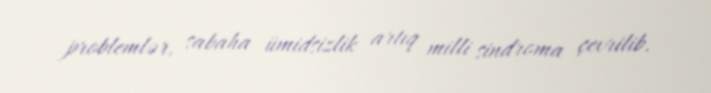
problemlər, sabaha ümidsizlik artıq milli sindroma çevrilib.